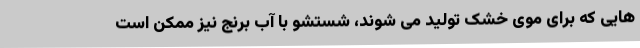
هایی که برای موی خشک تولید می شوند، شستشو با آب برنج نیز ممکن است